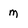
Character: m